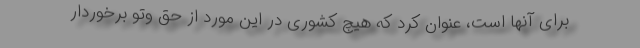
برای آنها است، عنوان کرد که هیچ کشوری در این مورد از حق وتو برخوردار